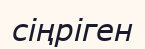
сіңріген